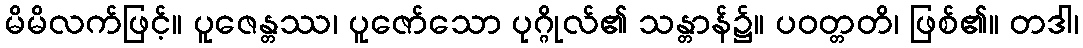
မိမိလက်ဖြင့်။ ပူဇေန္တဿ၊ ပူဇော်သော ပုဂ္ဂိုလ်၏ သန္တာန်၌။ ပဝတ္တတိ၊ ဖြစ်၏။ တဒါ၊